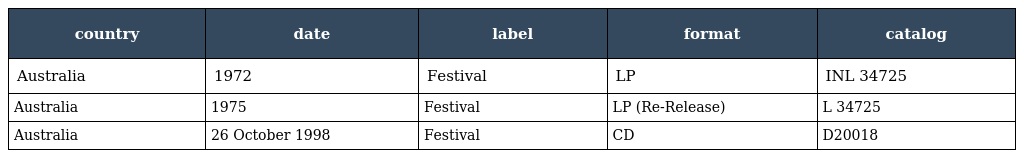
| country | date | label | format | catalog |
 | --- | --- | --- | --- | --- |
 | Australia | 1972 | Festival | LP | INL 34725 |
 | Australia | 1975 | Festival | LP (Re-Release) | L 34725 |
 | Australia | 26 October 1998 | Festival | CD | D20018 |